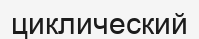
циклический